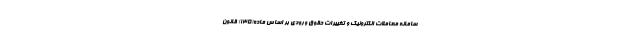
سامانه معاملات الکترونیک و تغییرات حقوق ورودی بر اساس ماده(۱۳۵) قانون